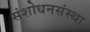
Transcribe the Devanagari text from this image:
संशोधनसंस्था